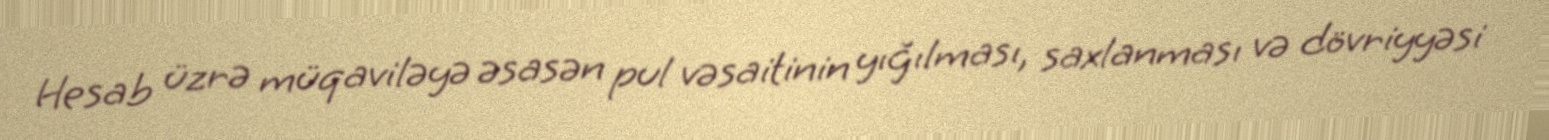
Hesab üzrə müqaviləyə əsasən pul vəsaitinin yığılması, saxlanması və dövriyyəsi